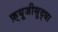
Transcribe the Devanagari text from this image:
फ़्यूजीसुद्धा